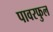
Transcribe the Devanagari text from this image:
पावरफुल